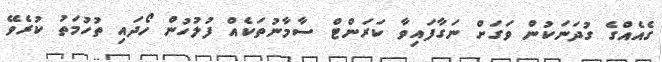
ގެއެއްގެ ގުދަނަކުން ވަގަށް ނަގާފައިވާ ކަރަންޓް ސާމާނުތަކެއް ފުލުހުން ހޯދައި ތުހުމަތު ކުރެވޭ